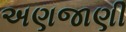
અણજાણી